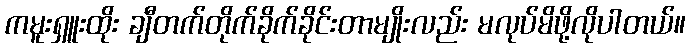
ကမူးရှူးထိုး ချီတက်တိုက်ခိုက်ခိုင်းတာမျိုးလည်း မလုပ်မိဖို့လိုပါတယ်။